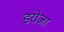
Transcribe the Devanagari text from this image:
इरोजा